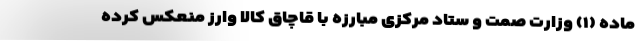
ماده (۱) وزارت صمت و ستاد مرکزی مبارزه با قاچاق کالا وارز منعکس کرده